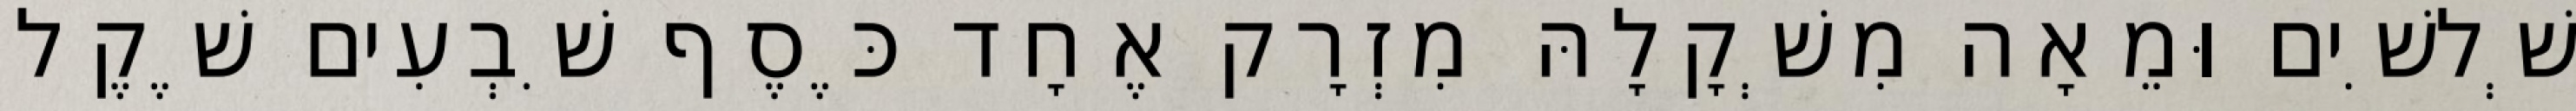
שְׁלשִׁים וּמֵאָה מִשְׁקָלָהּ מִזְרָק אֶחָד כֶּסֶף שִׁבְעִים שֶׁקֶל